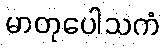
မာတုပေါသကံ